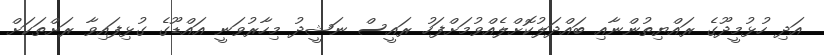
އަދި ހުޅުމީދޫގެ ރައްޔިތުންނާއި ބައްދަލުކޮށްލެއްވުމަށްފަހު ރައީސް ނަޝީދު މިހާރުވަނީ އައްޑޫގެ ގުޅިފައިވާ ރަށްތަކަށް